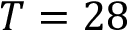
T = 2 8